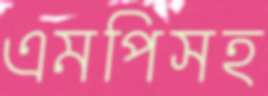
এমপিসহ